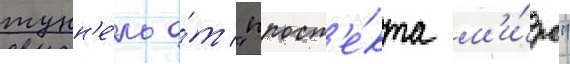
тунн'е́ль о́т "просп'е́кта м'и́ра"